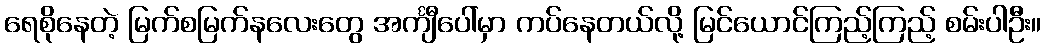
ရေစိုနေတဲ့ မြက်စမြက်နလေးတွေ အင်္ကျီပေါ်မှာ ကပ်နေတယ်လို့ မြင်ယောင်ကြည့်ကြည့် စမ်းပါဦး။